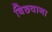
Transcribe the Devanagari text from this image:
बिछवाना